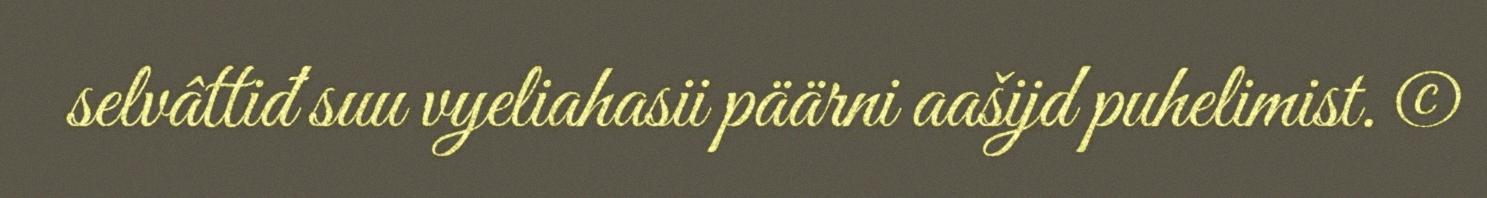
selvâttiđ suu vyeliahasii päärni aašijd puhelimist. ©